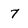
Character: 7